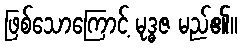
ဖြစ်သောကြောင့် မုဒ္ဓဇ မည်၏။